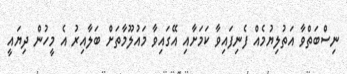
ނިސްބަތްވާ އަތުލިޔުމެއް ފެނިފައިވާ ކަމަށާއި އޭގައިވާ މައުލޫމާތަށް ބަލާއިރު އެ މީހުން ދިޔައީ